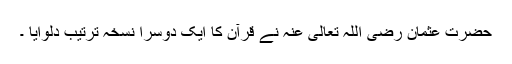
حضرت عثمان رضی اللہ تعالی عنہ نے قرآن کا ایک دوسرا نسخہ ترتیب دلوایا ۔